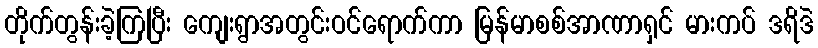
တိုက်တွန်းခဲ့ကြပြီး ကျေးရွာအတွင်းဝင်ရောက်ကာ မြန်မာစစ်အာဏာရှင် မားကပ် ဒရိဒဲ